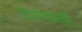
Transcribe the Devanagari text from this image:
कर्णवर्ती